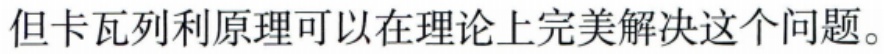
但卡瓦列利原理可以在理论上完美解决这个问题。